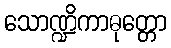
သောဏ္ဍိကာဓုတ္တော